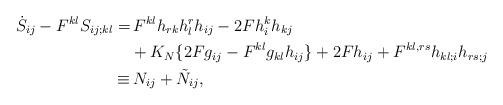
LaTeX: \begin{align*}\dot{S}_{ij} - F^{kl} S_{ij;kl} = &\, F^{kl} h_{rk} h^r_l h_{ij} - 2F h_i^k h_{kj}\\& + K_N \{ 2F g_{ij} - F^{kl} g_{kl} h_{ij}\} + 2F h_{ij} + F^{kl,rs} h_{kl;i} h_{rs;j}\\\equiv & \, N_{ij} + \tilde{N}_{ij},\end{align*}